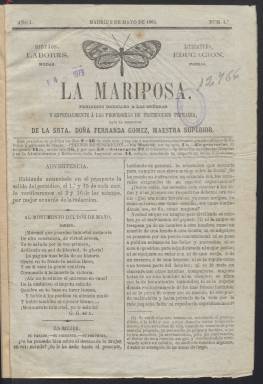
Título: La Mariposa (Madrid. 1866)
Colección: Revistas femeninas
Ámbito geográfico: Madrid
Lugar de publicación: Madrid
Fechas: 02/05/1866-16/01/1868